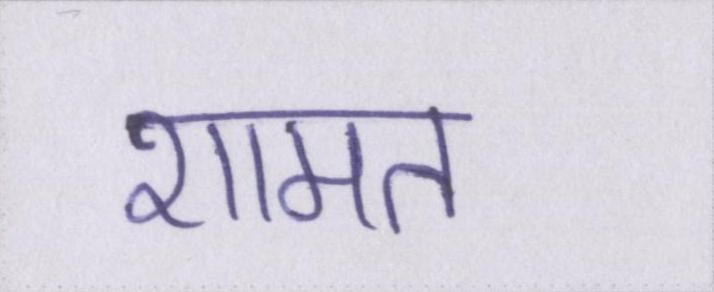
शामत